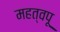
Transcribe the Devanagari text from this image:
महत्वपू